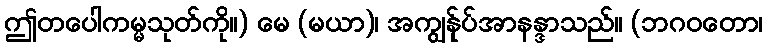
ဤတပေါကမ္မသုတ်ကို။) မေ (မယာ)၊ အကျွန်ုပ်အာနန္ဒာသည်။ (ဘဂဝတော၊